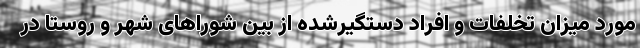
مورد میزان تخلفات و افراد دستگیرشده از بین شوراهای شهر و روستا در